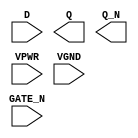
module sky130_fd_sc_hs__dlxbn (
    //# {{data|Data Signals}}
    input  D     ,
    output Q     ,
    output Q_N   ,

    //# {{clocks|Clocking}}
    input  GATE_N,

    //# {{power|Power}}
    input  VPWR  ,
    input  VGND
);
endmodule